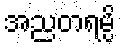
အညတရမ္ပိ